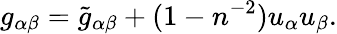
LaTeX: g_{\alpha\beta}=\tilde{g}_{\alpha\beta}+(1-n^{-2})u_{\alpha}u_{\beta}.